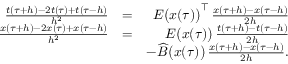
\begin{array} { r l r } { \frac { t ( \tau + h ) - 2 t ( \tau ) + t ( \tau - h ) } { h ^ { 2 } } } & { = } & { E \bigl ( x ( \tau ) \bigr ) ^ { \top } \, \frac { x ( \tau + h ) - x ( \tau - h ) } { 2 h } } \\ { \frac { x ( \tau + h ) - 2 x ( \tau ) + x ( \tau - h ) } { h ^ { 2 } } } & { = } & { E \bigl ( x ( \tau ) \bigr ) \, \frac { t ( \tau + h ) - t ( \tau - h ) } { 2 h } } \\ & { } & { - \widehat B \bigl ( x ( \tau ) \bigr ) \, \frac { x ( \tau + h ) - x ( \tau - h ) } { 2 h } . } \end{array}